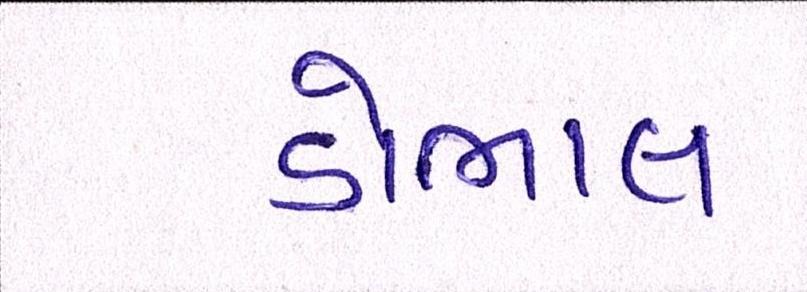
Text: ડોભાલ